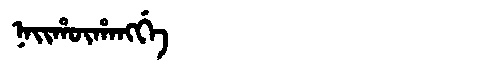
Manchu: ᠨᠠᡳᡥᡡᡥᠠᠩᡤᡝ
Romanization: NAIHŪHANGGE